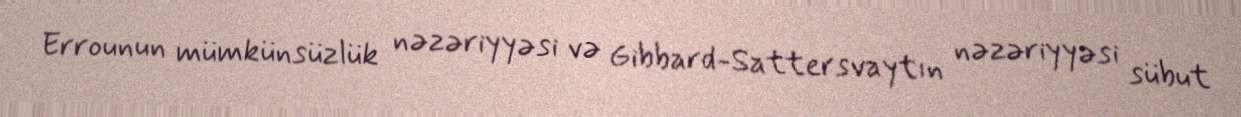
Errounun mümkünsüzlük nəzəriyyəsi və Gibbard-Sattersvaytın nəzəriyyəsi sübut